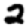
Digit: 2